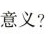
意义?